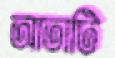
আতাটি